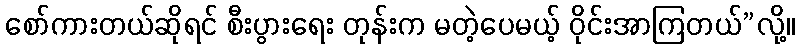
စော်ကားတယ်ဆိုရင် စီးပွားရေး တုန်းက မတဲ့ပေမယ့် ဝိုင်းအာကြတယ်”လို့။